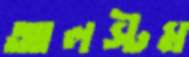
আলস্টম